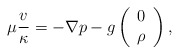
\begin{align*}\mu\frac{v}{\kappa}=-\nabla p-g\left(\begin{array}{cc}0\\ \rho\end{array}\right),\end{align*}